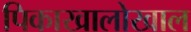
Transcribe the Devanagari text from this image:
पिकाखालोखाल